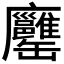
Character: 𦉨